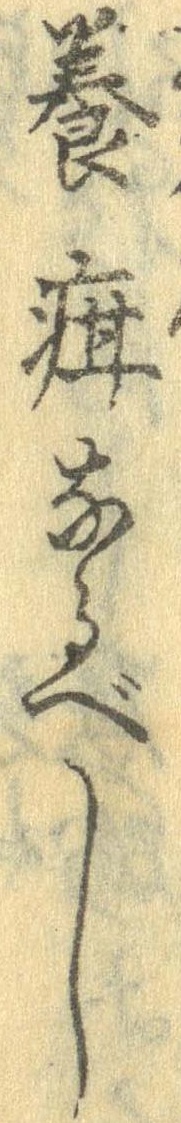
養疳なるべし